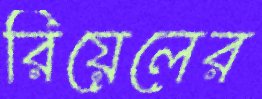
রিয়েলের